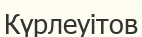
Күрлеуітов